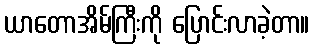
ယာတောအိမ်ကြီးကို ပြောင်းလာခဲ့တာ။